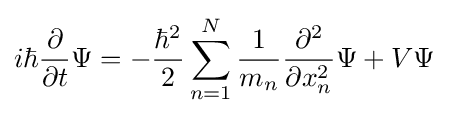
i\hbar {\frac {\partial }{\partial t}}\Psi =-{\frac {\hbar ^{2}}{2}}\sum _{n=1}^{N}{\frac {1}{m_{n}}}{\frac {\partial ^{2}}{\partial x_{n}^{2}}}\Psi +V\Psi